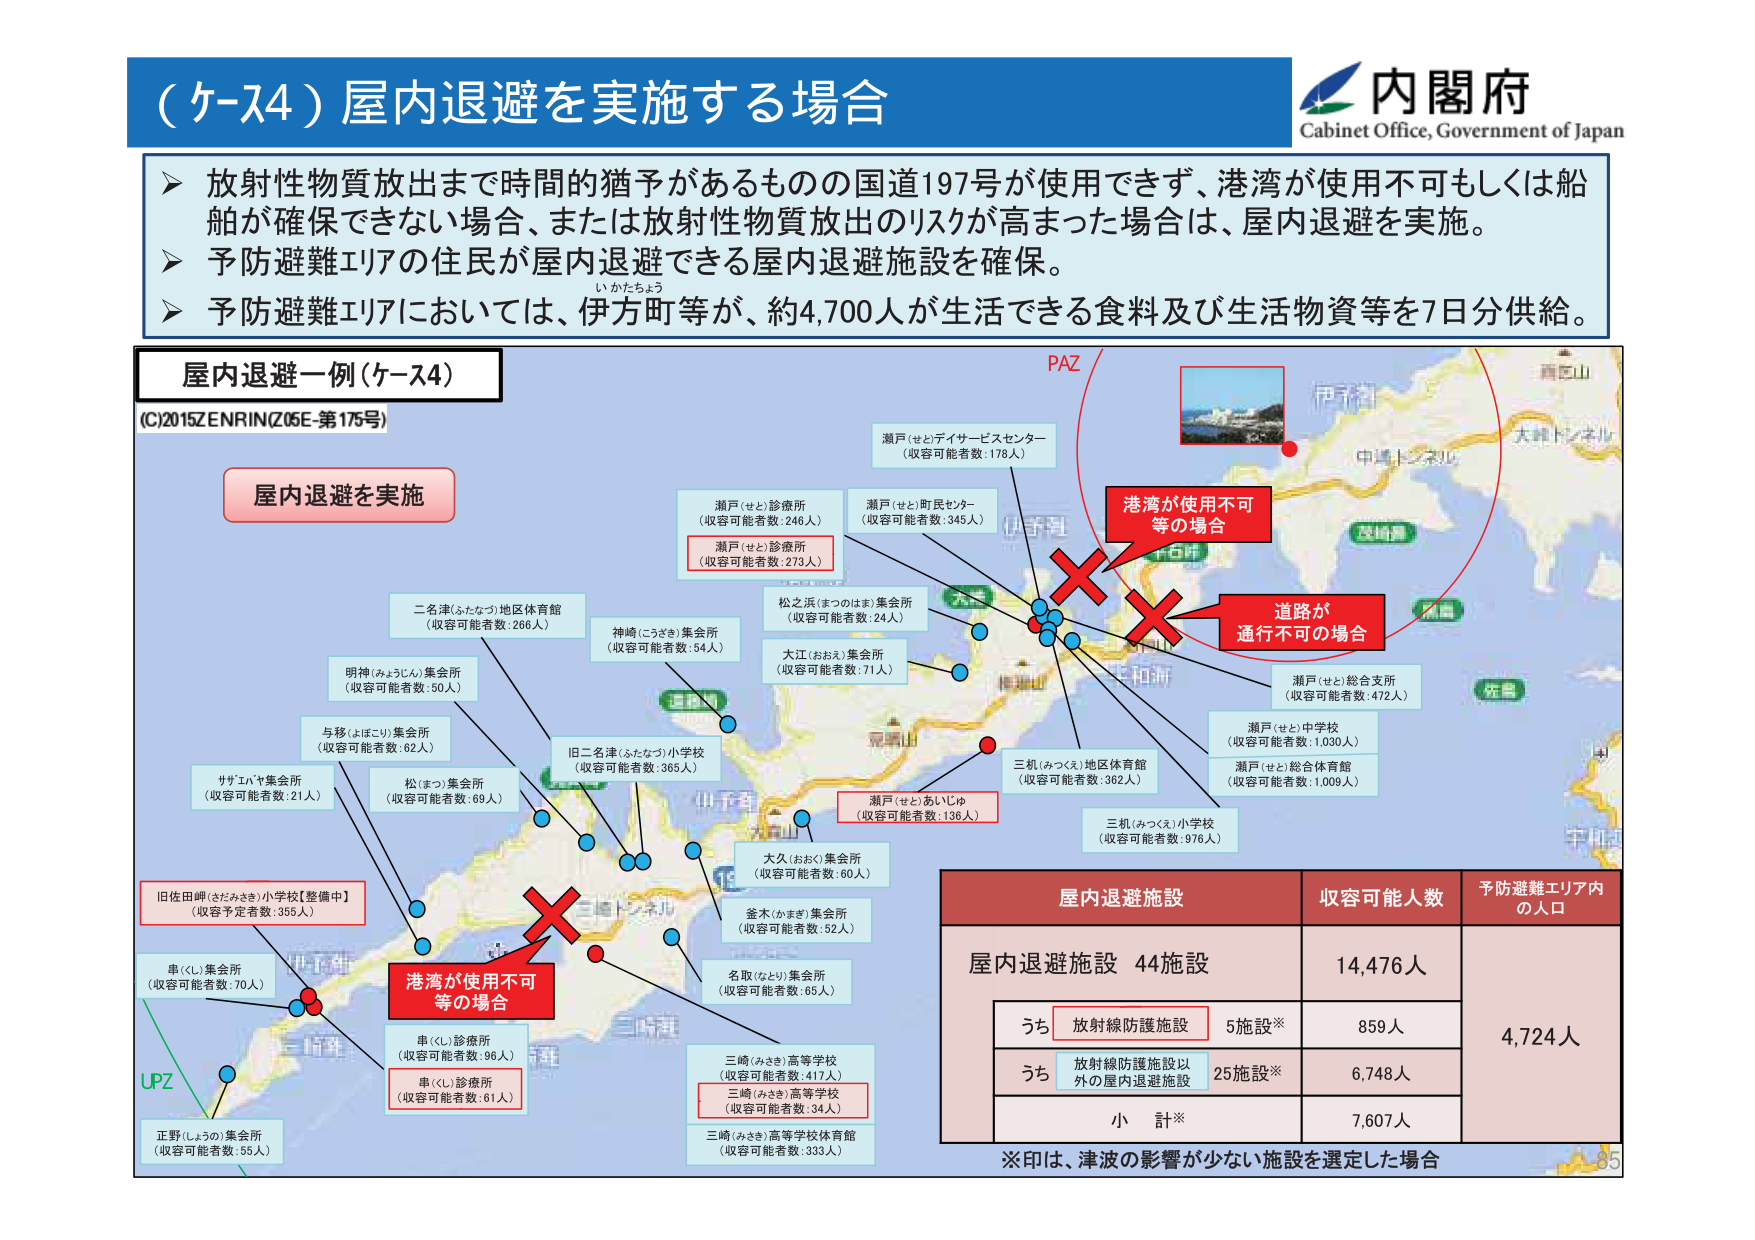
（ケース4）屋内退避を実施する場合
内閣府
Cabinet Office, Government of Japan

▶ 放射性物質放出まで時間的猶予があるものの国道197号が使用できず、港湾が使用不可もしくは船舶が確保できない場合、または放射性物質放出のリスクが高まった場合、屋内退避を実施。
▶ 予防避難エリアの住民が屋内退避できる屋内退避施設を確保。
▶ 予防避難エリアにおいては、伊方町等が、約4,700人が生活できる食料及び生活物資等を7日分供給。

屋内退避一例（ケース4）
(C)2015ZENRIN(Z05E-第175号)

屋内退避を実施

PAZ
港湾が使用不可等の場合
道路が通行不可の場合

瀬戸（せと）ディサービスセンター
（収容可能者数：178人）

瀬戸（せと）診療所
（収容可能者数：246人）
瀬戸（せと）診療所
（収容可能者数：273人）

瀬戸（せと）町民センター
（収容可能者数：345人）

松之浜（まつのはま）集会所
（収容可能者数：24人）

大江（おおえ）集会所
（収容可能者数：71人）

二名津（ふたなづ）地区体育館
（収容可能者数：266人）

神崎（こうざき）集会所
（収容可能者数：54人）

明神（みょうじん）集会所
（収容可能者数：50人）

与移（よぼこり）集会所
（収容可能者数：62人）

サザエバヤ集会所
（収容可能者数：21人）

松（まつ）集会所
（収容可能者数：69人）

旧二名津（ふたなづ）小学校
（収容可能者数：365人）

瀬戸（せと）総合支所
（収容可能者数：472人）

瀬戸（せと）中学校
（収容可能者数：1,030人）

瀬戸（せと）総合体育館
（収容可能者数：1,009人）

三机（みつくえ）地区体育館
（収容可能者数：362人）

三机（みつくえ）小学校
（収容可能者数：976人）

瀬戸（せと）あいじゅ
（収容可能者数：136人）

大久（おおく）集会所
（収容可能者数：60人）

金木（かまき）集会所
（収容可能者数：52人）

名取（なとり）集会所
（収容可能者数：65人）

三崎（みさき）高等学校
（収容可能者数：417人）
三崎（みさき）高等学校
（収容可能者数：34人）

三崎（みさき）高等学校体育館
（収容可能者数：333人）

旧佐田岬（さだみさき）小学校【整備中】
（収容予定者数：355人）

串（くし）集会所
（収容可能者数：70人）

港湾が使用不可等の場合

串（くし）診療所
（収容可能者数：96人）
串（くし）診療所
（収容可能者数：61人）

正野（しょうの）集会所
（収容可能者数：55人）

UPZ

屋内退避施設　収容可能人数　予防避難エリア内の人ロ
屋内退避施設 44施設　14,476人　4,724人
うち　放射線防護施設　5施設※　859人
うち　放射線防護施設以外の屋内退避施設　25施設※　6,748人
小計※　7,607人

※印は、津波の影響が少ない施設を選定した場合

85